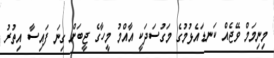
މިނިމަމް ވޭޖެއް ކަނޑައެޅުމުގެ މަގުސަދަކީ އާއްމު މީހާގެ ޖީބަށް ގިނަ ފައިސާ އިތުރު